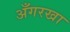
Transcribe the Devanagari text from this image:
अँगरखा